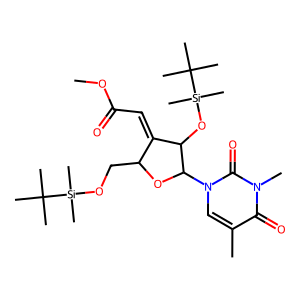
SMILES: COC(=O)C=C1C(CO[Si](C)(C)C(C)(C)C)OC(n2cc(C)c(=O)n(C)c2=O)C1O[Si](C)(C)C(C)(C)C
Inhibits HIV replication: No